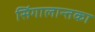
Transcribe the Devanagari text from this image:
सिंगालान्तका